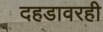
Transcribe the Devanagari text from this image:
दहडावरही